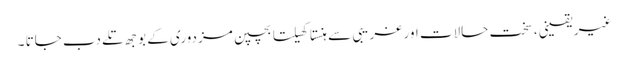
غیر یقینی، سخت حالات اور غریبی سے ہنستا کھیلتا بچپن مزدوری کے بوجھ تلے دب جاتا ۔